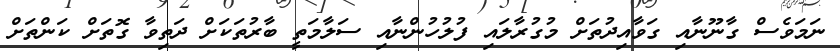
ނަމަވެސް ގާނޫނާއި ގަވާއިދުތަށް މުގުރާލައި ފުލުހުންނާއި ސަލާމަތީ ބާރުތަކަށް ދަތިވާ ގޮތަށް ކަންތަށް